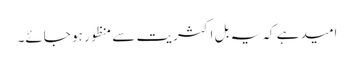
امید ہے کہ یہ بل اکثریت سے منظور ہو جائے۔